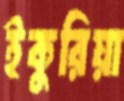
ইকুরিয়া